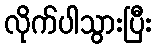
လိုက်ပါသွားပြီး